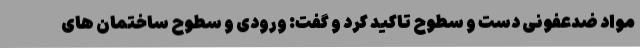
مواد ضدعفونی دست و سطوح تاکید کرد و گفت: ورودی و سطوح ساختمان های